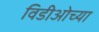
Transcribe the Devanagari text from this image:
विडीओच्या